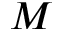
M